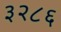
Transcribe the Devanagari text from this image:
३२८६